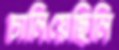
চালিয়েছিলি